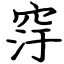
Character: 窏